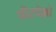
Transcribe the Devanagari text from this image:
चीरचेल्लो